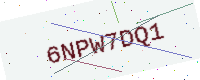
Text: 6NPW7DQ1